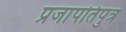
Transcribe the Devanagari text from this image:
प्रजापतिपुत्र